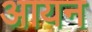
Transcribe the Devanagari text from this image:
अायन